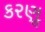
કરણૢ